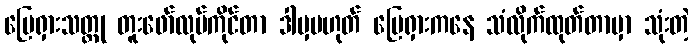
မြေရှားသတ္တု တူးဖော်လုပ်ကိုင်တာ ဒါမှမဟုတ် မြေရှားကနေ သံလိုက်ထုတ်တာမှာ သုံးတဲ့